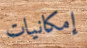
إمكانيات